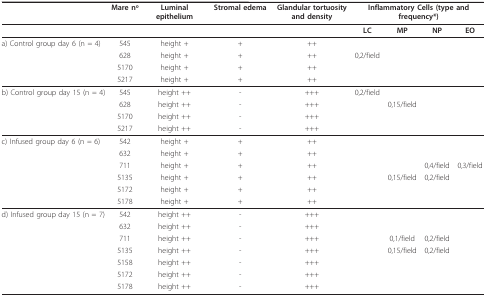
|  | Mare no | Luminal epithelium | Stromal edema | Glandular tortuosity and density | <COLSPAN=4> Inflammatory Cells (type and frequency*) |
 | --- | --- | --- | --- | --- | --- | --- | --- | --- |
 |  |  |  |  |  | LC | MP | NP | EO |
 | a) Control group day 6 (n = 4) | 545 | height + | + | ++ |  |  |  |  |
 |  | 628 | height + | + | ++ | 0,2/field |  |  |  |
 |  | 5170 | height + | + | ++ |  |  |  |  |
 |  | 5217 | height + | + | ++ |  |  |  |  |
 | b) Control group day 15 (n = 4) | 545 | height ++ | - | +++ | 0,2/field |  |  |  |
 |  | 628 | height ++ | - | +++ |  | 0,15/field |  |  |
 |  | 5170 | height ++ | - | +++ |  |  |  |  |
 |  | 5217 | height ++ | - | +++ |  |  |  |  |
 | c) Infused group day 6 (n = 6) | 542 | height + | + | ++ |  |  |  |  |
 |  | 632 | height + | + | ++ |  |  |  |  |
 |  | 711 | height + | + | ++ |  |  | 0,4/field | 0,3/field |
 |  | 5135 | height + | + | ++ |  | 0,15/field | 0,2/field |  |
 |  | 5172 | height + | + | ++ |  |  |  |  |
 |  | 5178 | height + | + | ++ |  |  |  |  |
 | d) Infused group day 15 (n = 7) | 542 | height ++ | - | +++ |  |  |  |  |
 |  | 632 | height ++ | - | +++ |  |  |  |  |
 |  | 711 | height ++ | - | +++ |  | 0,1/field | 0,2/field |  |
 |  | 5135 | height ++ | - | +++ |  | 0,15/field | 0,2/field |  |
 |  | 5158 | height ++ | - | +++ |  |  |  |  |
 |  | 5172 | height ++ | - | +++ |  |  |  |  |
 |  | 5178 | height ++ | - | +++ |  |  |  |  |